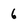
Character: 6